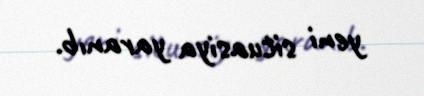
yeni situasiya yaranıb.